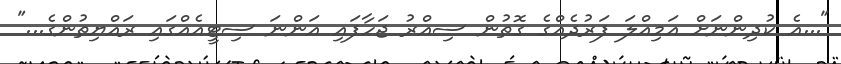
"...އެ ކުދިންނަށް އަމިއްލަ ފަރުދެއްގެ ގޮތުން ސިއްރު ޖަހާފައި އަންނަ ސިޓީއެއްގައި ރައްޔިތުންގެ..."